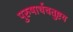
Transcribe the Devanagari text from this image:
पुरुषार्थचतुष्टय